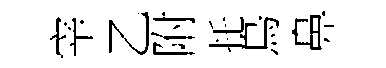
宰乙附托鳥鼻